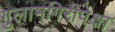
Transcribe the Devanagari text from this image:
गुलामगिरीपेक्षा